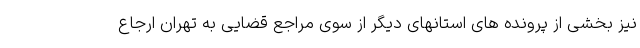
نیز بخشی از پرونده های استانهای دیگر از سوی مراجع قضایی به تهران ارجاع